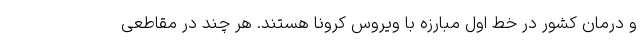
و درمان کشور در خط اول مبارزه با ویروس کرونا هستند. هر چند در مقاطعی